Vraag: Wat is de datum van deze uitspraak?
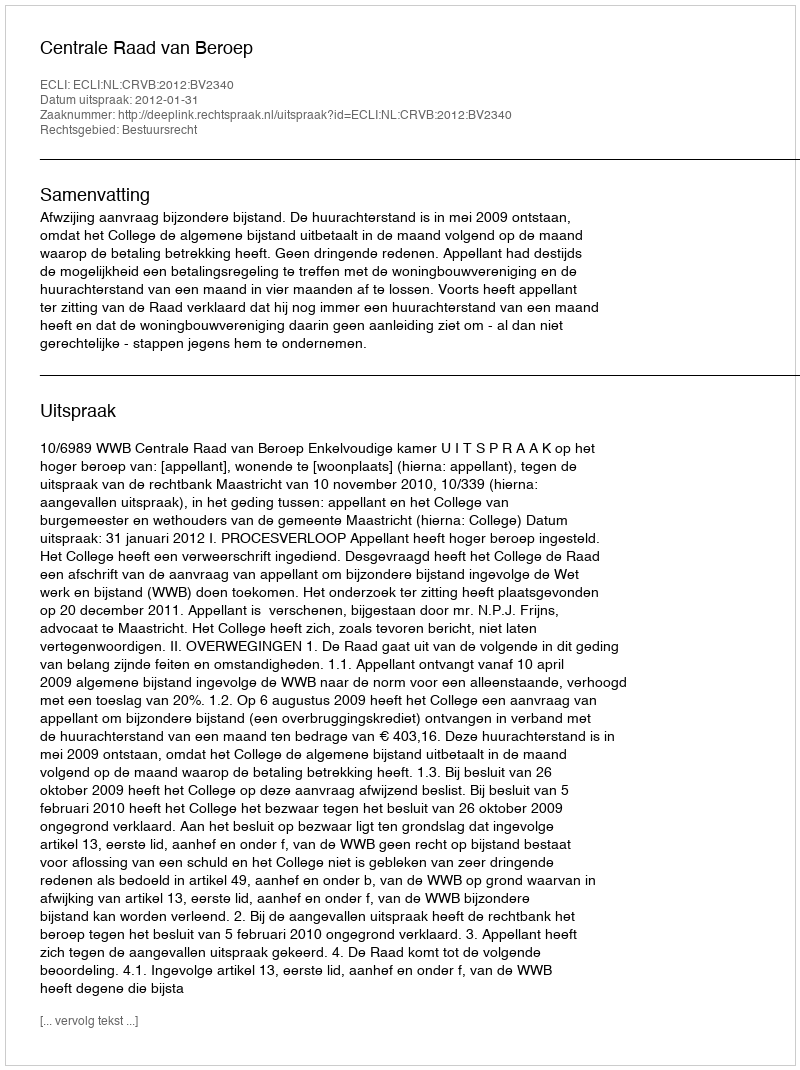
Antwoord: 2012-01-31